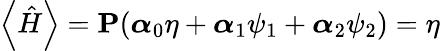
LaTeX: \left\langle\hat{H}\right\rangle=\textbf{P}(\boldsymbol{\alpha}_{0}\eta+\boldsymbol{\alpha}_{1}\psi_{1}+\boldsymbol{\alpha}_{2}\psi_{2})=\eta